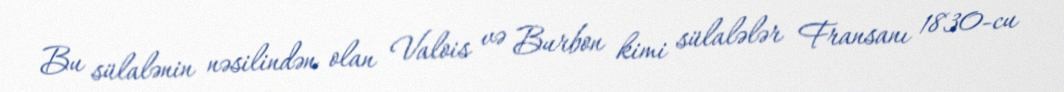
Bu sülalənin nəsilindən olan Valois və Burbon kimi sülalələr Fransanı 1830-cu